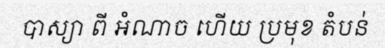
បាស្យា ពី អំណាច ហើយ ប្រមុខ តំបន់